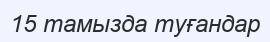
15 тамызда туғандар